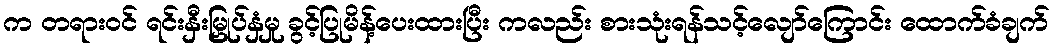
က တရားဝင် ရင်းနှီးမြှုပ်နှံမှု ခွင့်ပြုမိန့်ပေးထားပြီး ကလည်း စားသုံးရန်သင့်လျော်ကြောင်း ထောက်ခံချက်